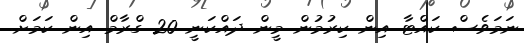
ނަމަވެސް ކައްޓާ އިން ކިރުމުން މީން ދައްކަނީ 20 ގްރާމް އިން ކަމަށް.